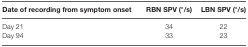
| Date of recording from symptom onset | RBN SPV (°/s) | LBN SPV (°/s) |
 | --- | --- | --- |
 | Day 21 | 34 | 22 |
 | Day 94 | 33 | 23 |